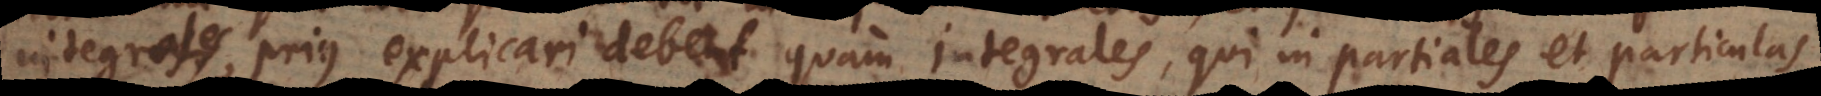
integrales, prius explicari debent quam integrales, qui in partiales et particulas